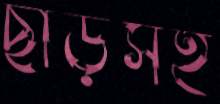
ছাড়সহ